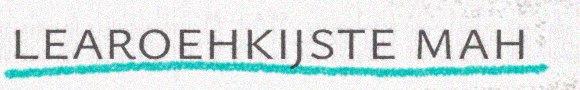
learoehkijste mah